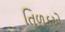
તિળકએ